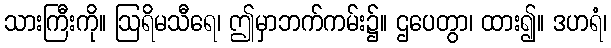
သားကြီးကို။ ဩရိမသီရေ၊ ဤမှာဘက်ကမ်း၌။ ဌပေတွာ၊ ထား၍။ ဒဟရံ၊